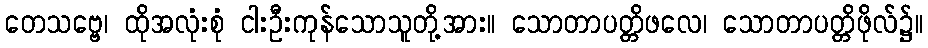
တေသဗ္ဗေ၊ ထိုအလုံးစုံ ငါးဦးကုန်သောသူတို့အား။ သောတာပတ္တိဖလေ၊ သောတာပတ္တိဖိုလ်၌။